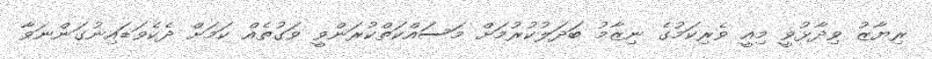
ރިޔާޒު ވިދާޅުވީ މިއީ ވެރިކަމުގެ ނިޒާމު ބަދަލުކުރުމަށް މަސައްކަތްކުރަންވީ ވަގުތެއް ކަމަށް ދެކެވަޑައިނުގަންނަވާ